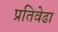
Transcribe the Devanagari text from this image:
प्रतिवेढा